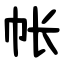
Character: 帐